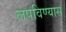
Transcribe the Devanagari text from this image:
लपविण्यास